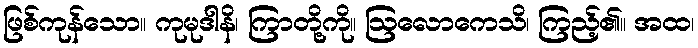
ဖြစ်ကုန်သော။ ကုမုဒါနိ၊ ကြာတို့ကို။ ဩလောကေသိ၊ ကြည့်၏။ အထ၊